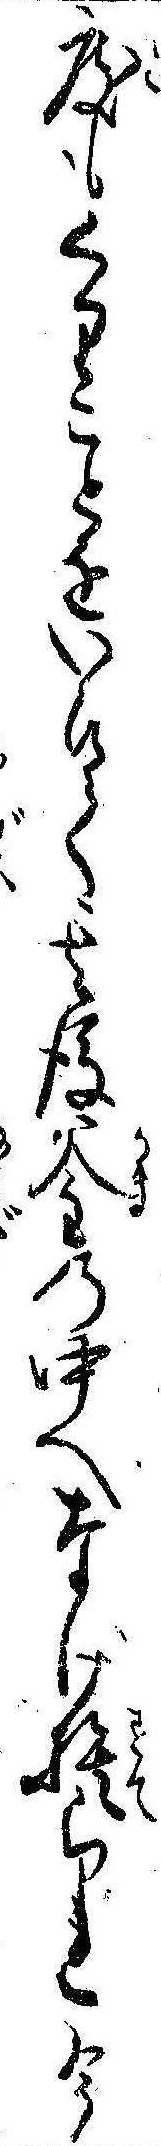
度もくりことをいひて其後釜の中へなげ捨られ今